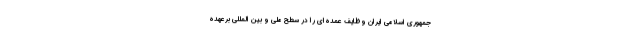
جمهوری اسلامی ایران وظایف عمده‌ای را در سطح ملی و بین المللی برعهده